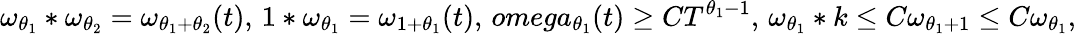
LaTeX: \omega_{\theta_{1}}*\omega_{\theta_{2}}=\omega_{\theta_{1}+\theta_{2}}(t),\, 1*\omega_{\theta_{1}}=\omega_{1+\theta_{1}}(t),\, omega_{\theta_{1}}(t)\geq CT^{\theta_{1}-1},\, \omega_{\theta_{1}}*k\leq C\omega_{\theta_{1}+1}\leq C\omega_{\theta_{1}},